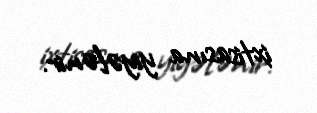
ixtisasına yiyələnir.